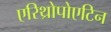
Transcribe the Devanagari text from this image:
एरिथ्रोपोएटिन